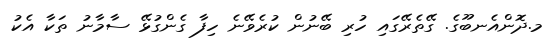
މ.ދޮންއެނބޫގެ. ގޭތެރޭގައި ހުރި ބޭނުން ކުރެވޭނެ ހިފާ ގެންގުޅޭ ސާމާނު ތަކާ އެކު